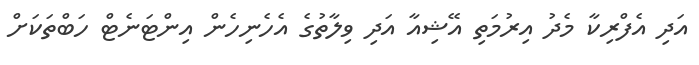
އަދި އެފްރިކާ މެދު އިރުމަތި އޭޝިއާ އަދި ވިލާތުގެ އެހެނިހެން އިންޓަނެޓް ހަބްތަކަށް